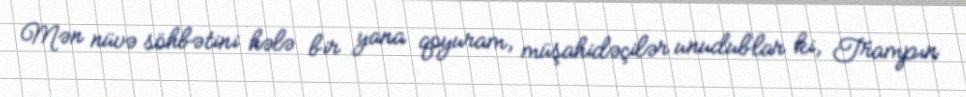
Mən nüvə söhbətini hələ bir yana qoyuram, müşahidəçilər unudublar ki, Trampın